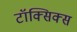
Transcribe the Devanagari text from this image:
टॉक्सिक्स